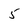
Character: 5